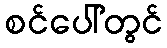
စင်ပေါ်တွင်